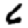
Digit: 6